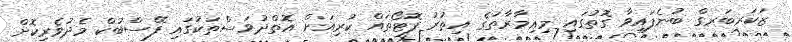
ޒަކަރބަރގް ބުނެފައިވާ ގޮތުގައި މިޢިމާރާތުގެ އިތުރު ފޮޓޯތައް ކުރިއަށް އޮތްދުވަސްތަކުގައި ފޭސްބުކް މެދުވެރިކޮށް